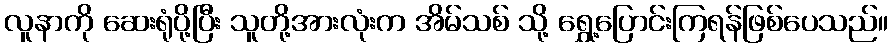
လူနာကို ဆေးရုံပို့ပြီး သူတို့အားလုံးက အိမ်သစ် သို့ ရွှေ့ပြောင်းကြရန်ဖြစ်ပေသည်။